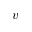
v